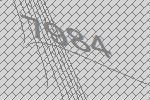
7984